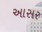
આસર